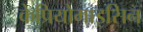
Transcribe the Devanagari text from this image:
केप्रियोमाइसिन